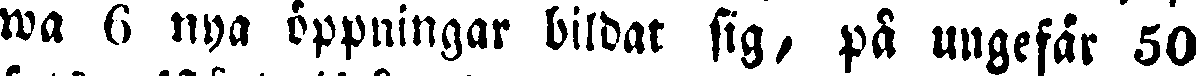
wa 6 nya öppningar bildat sig, på ungefär 50